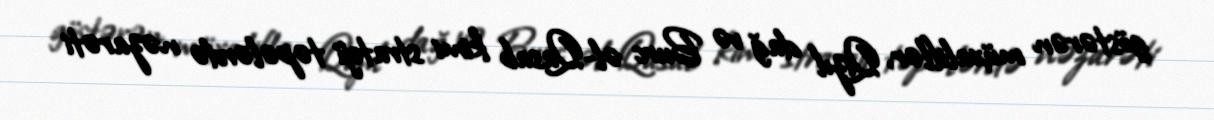
göstərən müxaliflər, Qızıl dağ və Burc əl-Qasab kimi strateji təpələrdə nəzarəti